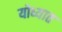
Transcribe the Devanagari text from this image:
योध्यात